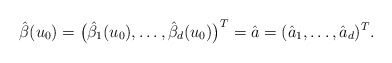
\begin{align*}\hat{\beta}(u_{0})=\bigl(\hat{\beta}_{1}(u_{0}),\ldots,\hat{\beta}_{d}(u_{0})\bigr)^{T}=\hat{a}=(\hat{a}_{1},\ldots,\hat{a}_{d})^{T}.\end{align*}